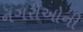
નગરીઓની